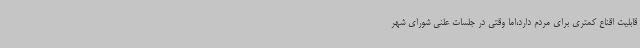
قابلیت اقناع کمتری برای مردم دارد،اما وقتی در جلسات علنی شورای شهر